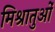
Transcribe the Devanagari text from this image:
मिश्रातुओं